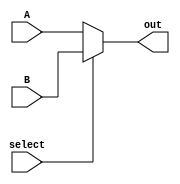
`timescale 1ns / 1ps
//////////////////////////////////////////////////////////////////////////////////
// Company: 
// Engineer: 
// 
// Design Name: 
// Module Name: mux
// Project Name: 
// Target Devices: 
// Tool Versions: 
// Description: 
// 
// Dependencies: 
// 
// Revision:
// Revision 0.01 - File Created
// Additional Comments:
// 
//////////////////////////////////////////////////////////////////////////////////


module mux(
    input [31:0] A,
    input [31:0] B,
    input select,
    output [31:0] out
    );

    assign out = select ? B : A;
endmodule